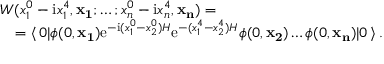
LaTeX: \begin{array} { l } { { { \cal W } ( x _ { 1 } ^ { 0 } - \mathrm { i } x _ { 1 } ^ { 4 } , { \bf x _ { 1 } } ; \dots ; x _ { n } ^ { 0 } - \mathrm { i } x _ { n } ^ { 4 } , { \bf x _ { n } } ) = } } \\ { { \quad = \langle \, 0 | \phi ( 0 , { \bf x _ { 1 } } ) \mathrm { e } ^ { - \mathrm { i } ( x _ { 1 } ^ { 0 } - x _ { 2 } ^ { 0 } ) H } \mathrm { e } ^ { - ( x _ { 1 } ^ { 4 } - x _ { 2 } ^ { 4 } ) H } \phi ( 0 , { \bf x _ { 2 } } ) \dots \phi ( 0 , { \bf x _ { n } } ) | 0 \, \rangle \, . } } \end{array}